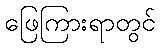
ဖြေကြားရာတွင်